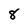
Character: 8